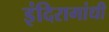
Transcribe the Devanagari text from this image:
इंदिरागांधी